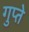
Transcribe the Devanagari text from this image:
गुप्‍ते